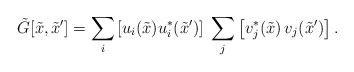
\begin{align*}{\tilde G}[{\tilde x},{\tilde x'}]=\sum_{i} \left[u_i({\tilde x})u_i^*({\tilde x'})\right]\;\sum_j \left[v_j^*({\tilde x})\, v_j({\tilde x'})\right].\end{align*}